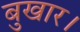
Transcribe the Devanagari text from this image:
बुखार।